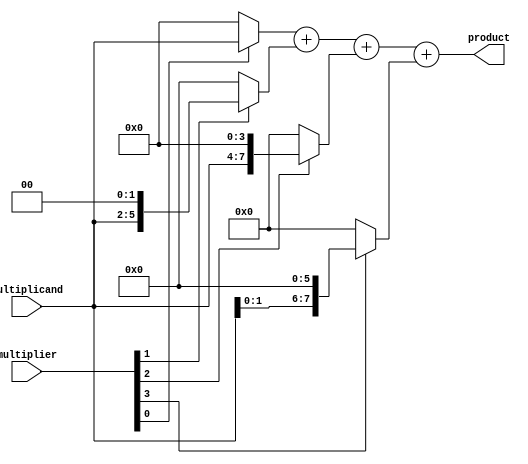
module radix_4_multiplier (
  input [3:0] multiplier,
  input [3:0] multiplicand,
  output reg [7:0] product
);

  // Partial product blocks
  wire [7:0] pp1, pp2, pp3, pp4;
  assign pp1 = multiplier[0] ? multiplicand << 0 : 8'b0;
  assign pp2 = multiplier[1] ? multiplicand << 2 : 8'b0;
  assign pp3 = multiplier[2] ? multiplicand << 4 : 8'b0;
  assign pp4 = multiplier[3] ? multiplicand << 6 : 8'b0;

  // Ripple carry adder
  wire [7:0] sum1, sum2, sum3;
  assign sum1 = pp1 + pp2;
  assign sum2 = sum1 + pp3;
  assign sum3 = sum2 + pp4;

  // Final product
  always @* begin
    product = sum3;
  end

endmodule